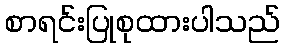
စာရင်းပြုစုထားပါသည်